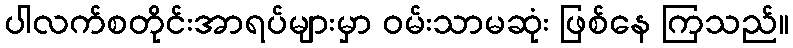
ပါလက်စတိုင်းအာရပ်များမှာ ဝမ်းသာမဆုံး ဖြစ်နေ ကြသည်။